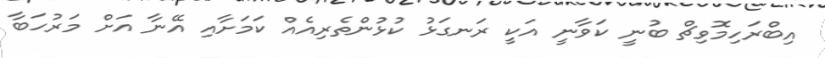
އިބްރަހިމޮވިޗް ބުނީ ކަވާނީ އަކީ ރަނގަޅު ކުޅުންތެރިއެއް ކަމަށާއި އޭނާ އަށް މަރުހަބާ